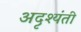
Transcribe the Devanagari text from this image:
अदृश्यंती